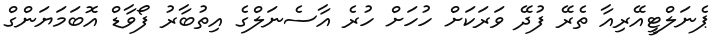
ޕެނަލްޓީއޭރިއާ ތެރޭ ފުދޭ ވަރަކަށް ހުހަށް ހުރެ އާސެނަލްގެ އިތުބާރު ފޯވާޑް އޮބަމަޔަންގް